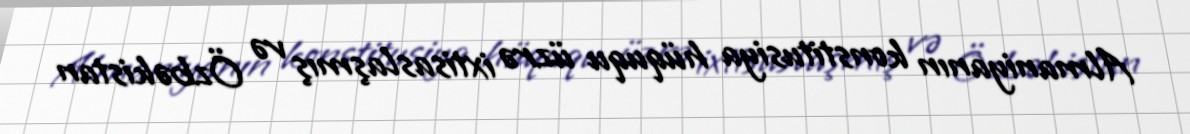
Almaniyanın konstitusiya hüququ üzrə ixtisaslaşmış və Özbəkistan